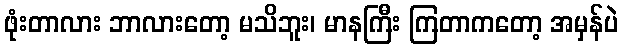
ဖုံးတာလား ဘာလားတော့ မသိဘူး၊ မာနကြီး ကြတာကတော့ အမှန်ပဲ